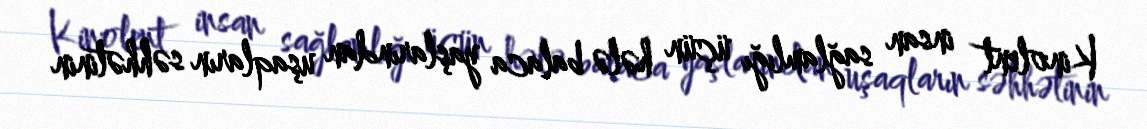
Kinolent insan sağlamlığı üçün hələ balaca yaşlarından uşaqların səhhətinin